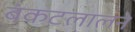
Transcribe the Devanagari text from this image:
बंकटलालने